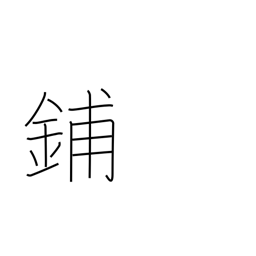
Meaning: store